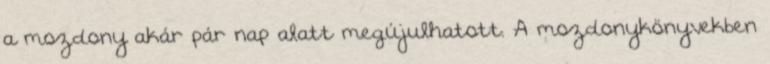
a mozdony akár pár nap alatt megújulhatott. A mozdonykönyvekben